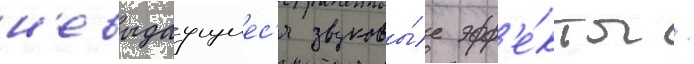
н'евыдаущиес'я звуковы́е эфф'е́кты /